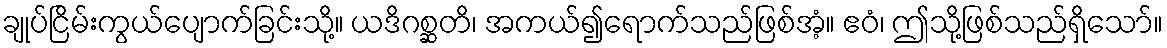
ချုပ်ငြိမ်းကွယ်ပျောက်ခြင်းသို့။ ယဒိဂစ္ဆတိ၊ အကယ်၍ရောက်သည်ဖြစ်အံ့။ ဧဝံ၊ ဤသို့ဖြစ်သည်ရှိသော်။